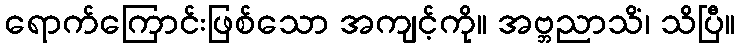
ရောက်ကြောင်းဖြစ်သော အကျင့်ကို။ အဗ္ဘညာသိံ၊ သိပြီ။